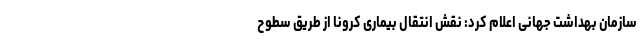
سازمان بهداشت جهانی اعلام کرد: نقش انتقال بیماری کرونا از طریق سطوح